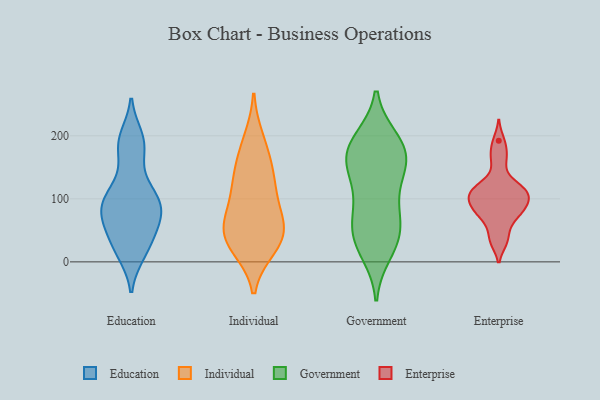
{"axis": {"x": "Market Share (%)", "y": "Value"}, "legend": ["Education", "Enterprise", "Government", "Individual"], "data": [{"x": "", "y": 98, "type": "Education"}, {"x": "", "y": 91, "type": "Education"}, {"x": "", "y": 198, "type": "Education"}, {"x": "", "y": 187, "type": "Education"}, {"x": "", "y": 87, "type": "Education"}, {"x": "", "y": 89, "type": "Education"}, {"x": "", "y": 26, "type": "Education"}, {"x": "", "y": 192, "type": "Education"}, {"x": "", "y": 166, "type": "Education"}, {"x": "", "y": 68, "type": "Education"}, {"x": "", "y": 14, "type": "Education"}, {"x": "", "y": 45, "type": "Education"}, {"x": "", "y": 111, "type": "Education"}, {"x": "", "y": 60, "type": "Education"}, {"x": "", "y": 13, "type": "Education"}, {"x": "", "y": 123, "type": "Education"}, {"x": "", "y": 54, "type": "Education"}, {"x": "", "y": 89, "type": "Education"}, {"x": "", "y": 170, "type": "Individual"}, {"x": "", "y": 48, "type": "Individual"}, {"x": "", "y": 41, "type": "Individual"}, {"x": "", "y": 135, "type": "Individual"}, {"x": "", "y": 76, "type": "Individual"}, {"x": "", "y": 44, "type": "Individual"}, {"x": "", "y": 29, "type": "Individual"}, {"x": "", "y": 114, "type": "Individual"}, {"x": "", "y": 130, "type": "Individual"}, {"x": "", "y": 73, "type": "Individual"}, {"x": "", "y": 24, "type": "Individual"}, {"x": "", "y": 193, "type": "Individual"}, {"x": "", "y": 192, "type": "Government"}, {"x": "", "y": 30, "type": "Government"}, {"x": "", "y": 82, "type": "Government"}, {"x": "", "y": 15, "type": "Government"}, {"x": "", "y": 171, "type": "Government"}, {"x": "", "y": 154, "type": "Government"}, {"x": "", "y": 43, "type": "Government"}, {"x": "", "y": 57, "type": "Government"}, {"x": "", "y": 134, "type": "Government"}, {"x": "", "y": 99, "type": "Government"}, {"x": "", "y": 33, "type": "Government"}, {"x": "", "y": 71, "type": "Government"}, {"x": "", "y": 172, "type": "Government"}, {"x": "", "y": 187, "type": "Government"}, {"x": "", "y": 194, "type": "Government"}, {"x": "", "y": 159, "type": "Government"}, {"x": "", "y": 145, "type": "Government"}, {"x": "", "y": 107, "type": "Enterprise"}, {"x": "", "y": 72, "type": "Enterprise"}, {"x": "", "y": 59, "type": "Enterprise"}, {"x": "", "y": 125, "type": "Enterprise"}, {"x": "", "y": 107, "type": "Enterprise"}, {"x": "", "y": 96, "type": "Enterprise"}, {"x": "", "y": 192, "type": "Enterprise"}, {"x": "", "y": 112, "type": "Enterprise"}, {"x": "", "y": 89, "type": "Enterprise"}, {"x": "", "y": 157, "type": "Enterprise"}, {"x": "", "y": 34, "type": "Enterprise"}, {"x": "", "y": 78, "type": "Enterprise"}, {"x": "", "y": 116, "type": "Enterprise"}, {"x": "", "y": 33, "type": "Enterprise"}, {"x": "", "y": 116, "type": "Enterprise"}, {"x": "", "y": 173, "type": "Enterprise"}, {"x": "", "y": 82, "type": "Enterprise"}, {"x": "", "y": 92, "type": "Enterprise"}]}